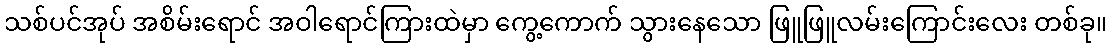
သစ်ပင်အုပ် အစိမ်းရောင် အဝါရောင်ကြားထဲမှာ ကွေ့ကောက် သွားနေသော ဖြူဖြူလမ်းကြောင်းလေး တစ်ခု။